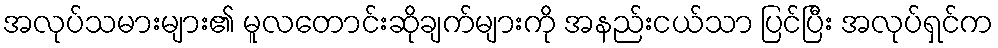
အလုပ်သမားများ၏ မူလတောင်းဆိုချက်များကို အနည်းငယ်သာ ပြင်ပြီး အလုပ်ရှင်က